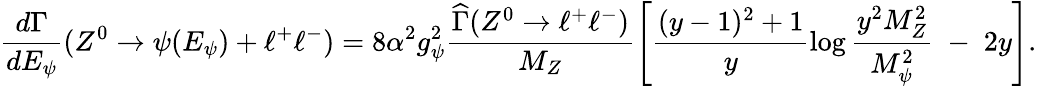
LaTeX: \frac{d\Gamma}{dE_{\psi}}(Z^{0}\rightarrow\psi(E_{\psi})+\ell^{+}\ell^{-})=8\alpha^{2}g_{\psi}^{2}\frac{\widehat{\Gamma}(Z^{0}\rightarrow\ell^{+}\ell^{-})}{M_{Z}}\left[\frac{(y-1)^{2}+1}{y}\log{\frac{y^{2}M_{Z}^{2}}{M_{\psi}^{2}}}\; -\; 2y\right].